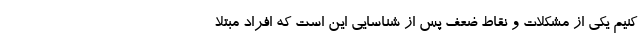
کنیم یکی از مشکلات و نقاط ضعف پس از شناسایی این است که افراد مبتلا